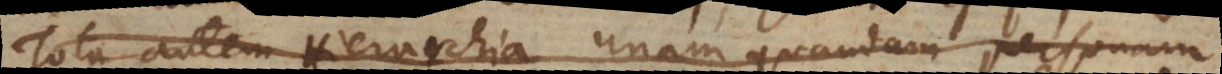
Tota autem Hierarchia unam quandam personam